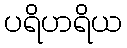
ပရိဟရိယ